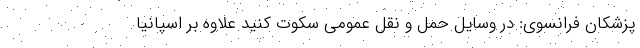
پزشکان فرانسوی: در وسایل حمل و نقل عمومی سکوت کنید علاوه بر اسپانیا